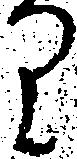
り